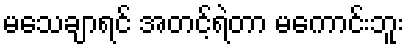
မသေချာရင် အတင့်ရဲတာ မကောင်းဘူး